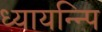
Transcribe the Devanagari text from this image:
ध्यायन्न्पि